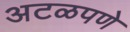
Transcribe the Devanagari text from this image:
अटळपणे